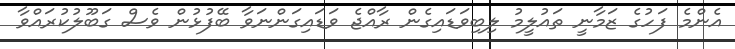
އެންމެ ފަހުގެ ޒަމާނީ ތައުލީމު ލިބިވަޑައިގެން ރާއްޖެ ވަޑައިގަންނަވާ ބޭފުޅުން ވެސް ގަބޫލުކުރައްވާ